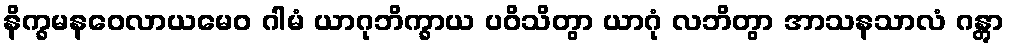
နိက္ခမနဝေလာယမေဝ ဂါမံ ယာဂုဘိက္ခာယ ပဝိသိတွာ ယာဂုံ လဘိတွာ အာသနသာလံ ဂန္တွာ